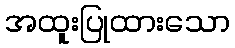
အထူးပြုထားသော